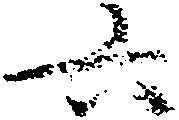
六